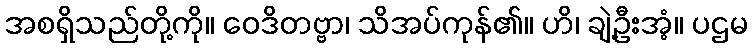
အစရှိသည်တို့ကို။ ဝေဒိတဗ္ဗာ၊ သိအပ်ကုန်၏။ ဟိ၊ ချဲ့ဦးအံ့။ ပဌမ